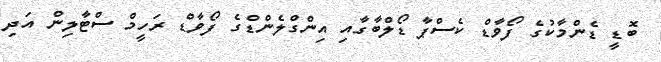
ބޮޑީ ޑެންމާކުގެ ފޯވާޑް ކެސްޕާ ޑޯލްބާގާއި އިންގްލެންޑްގެ ފޯވާޑް ރަހީމް ސްޓާލިން އަދި